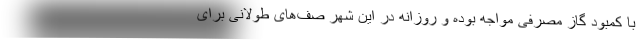
با کمبود گاز مصرفی مواجه بوده و روزانه در این شهر صف‌های طولانی برای